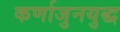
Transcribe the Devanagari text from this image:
कर्णाजुनयुद्ध